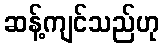
ဆန့်ကျင်သည်ဟု